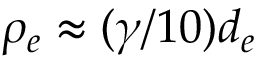
\rho _ { e } \approx ( \gamma / 1 0 ) d _ { e }